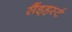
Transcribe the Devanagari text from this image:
सैंड्हर्स्ट